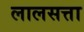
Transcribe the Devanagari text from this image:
लालसत्ता